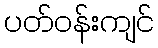
ပတ်ဝန်းကျင်